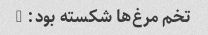
تخم مرغ‌ها شکسته بود: /